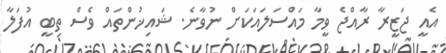
އެއީ ޖަޒީރާ ރާއްޖެ ވީމާ މައްސަލައަކަށް ނުވާނެ. ޝައިޚުންތައް ވެސް ތިބީ އުފަލާ